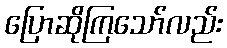
ပြောဆိုကြသော်လည်း